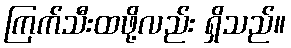
ကြက်သီးထဖို့လည်း ရှိသည်။